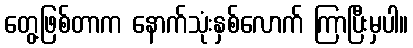
တွေ့ဖြစ်တာက နောက်သုံးနှစ်လောက် ကြာပြီးမှပါ။